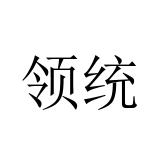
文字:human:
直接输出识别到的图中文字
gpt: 领统